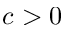
c > 0